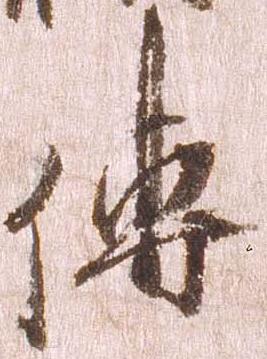
伝